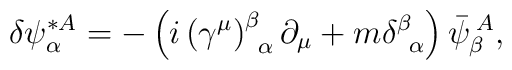
\delta \psi _{\alpha }^{*A}=-\left( i\left( \gamma ^{\mu }\right)_{\;\;\alpha }^{\beta }\partial _{\mu }+m\delta _{\;\;\alpha }^{\beta}\right) \bar{\psi}_{\beta }^{\;A},